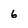
Character: 6